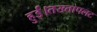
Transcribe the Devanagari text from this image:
हुई।तख्तापलट